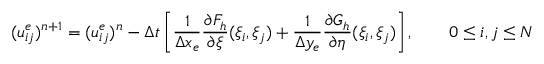
( u _ { i j } ^ { e } ) ^ { n + 1 } = ( u _ { i j } ^ { e } ) ^ { n } - \Delta t \left[ \frac { 1 } { \Delta x _ { e } } \frac { \partial F _ { h } } { \partial \xi } ( \xi _ { i } , \xi _ { j } ) + \frac { 1 } { \Delta y _ { e } } \frac { \partial G _ { h } } { \partial \eta } ( \xi _ { i } , \xi _ { j } ) \right] , \qquad 0 \le i , j \le N